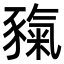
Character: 𧱲